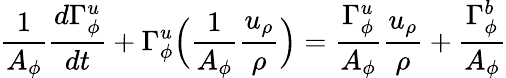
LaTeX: \frac{1}{A_{\phi}}\frac{d\Gamma_{\phi}^{u}}{dt}+\Gamma_{\phi}^{u}\Big(\frac{1}{A_{\phi}}\frac{u_{\rho}}{\rho}\Big)=\frac{\Gamma_{\phi}^{u}}{A_{\phi}}\frac{u_{\rho}}{\rho}+\frac{\Gamma_{\phi}^{b}}{A_{\phi}}